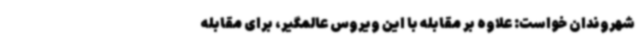
شهروندان خواست: علاوه بر مقابله با این ویروس عالمگیر، برای مقابله